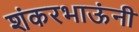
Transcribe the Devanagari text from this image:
शंकरभाऊंनी